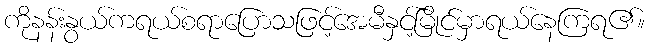
ကိုနန်းနွယ်ကရယ်စရာပြောသဖြင့်အေမီနှင့်မြိုင်မှာရယ်နေကြရ၏။